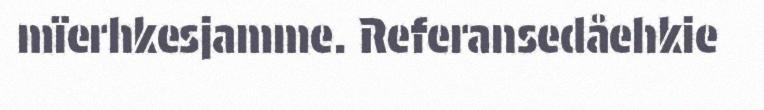
mïerhkesjamme. Referansedåehkie